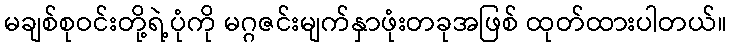
မချစ်စုဝင်းတို့ရဲ့ပုံကို မဂ္ဂဇင်းမျက်နှာဖုံးတခုအဖြစ် ထုတ်ထားပါတယ်။